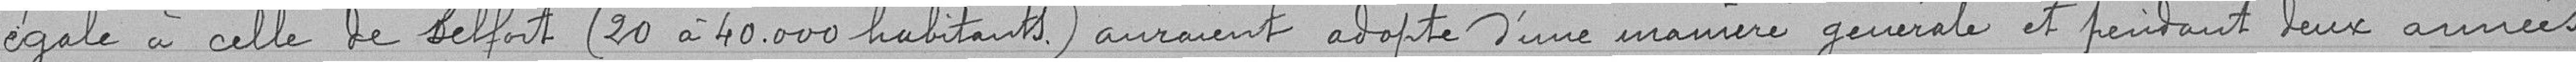
égale à celle de Belfort (20 à 40000 habitants) auraient adopté d'une manière générale et pendant deux années